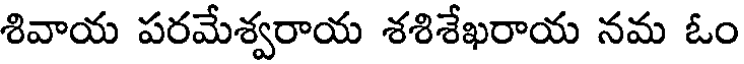
శివాయ పరమేశ్వరాయ శశిశేఖరాయ నమ ఓం